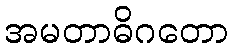
အမတာဓိဂတော